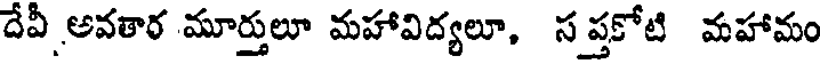
దేవీ అవతార మూర్తులూ మహావిద్యలూ, సప్తకోటి మహామం